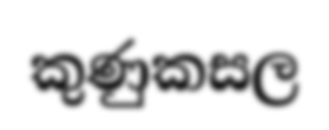
කුණුකසල